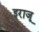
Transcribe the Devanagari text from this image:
इराजू